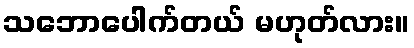
သဘောပေါက်တယ် မဟုတ်လား။